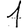
Digit: 1